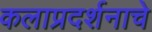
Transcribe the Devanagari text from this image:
कलाप्रदर्शनाचे